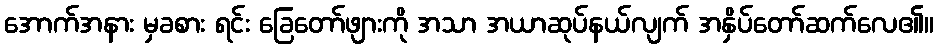
အောက်အနား မှခစား ရင်း ခြေတော်ဖျားကို အသာ အယာဆုပ်နယ်လျက် အနှိပ်တော်ဆက်လေ၏။